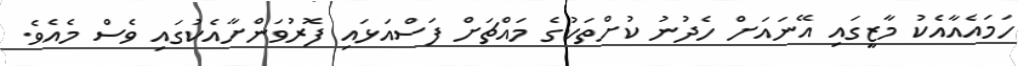
ހަމައެއާއެކު މާޒީގައި އޭނައަށް ހެދުނު ކުށްތަކުގެ މައްޗަށް ފަސްއަޅައި ފޮރުވަންށާއެކުގައި ވެސް މެއެވެ.